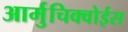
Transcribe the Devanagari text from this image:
आर्मुचिक्वोईस